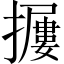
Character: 𱡃